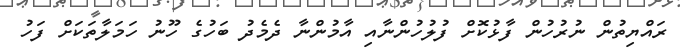
ރައްޔިތުން ނުރުހުން ފާޅުކޮށް ފުލުހުންނާއި އާމުންނާ ދެމެދު ބަހުގެ ހޫނު ހަމަލާތަކަށް ފަހު